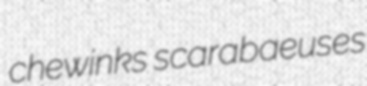
chewinks scarabaeuses